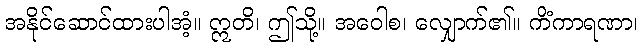
အနိုင်ဆောင်ထားပါအံ့။ ဣတိ၊ ဤသို့။ အဝေါစ၊ လျှောက်၏။ ကိံကာရဏာ၊